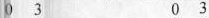
0 3 0 3